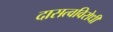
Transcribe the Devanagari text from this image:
दासत्वविरोधी